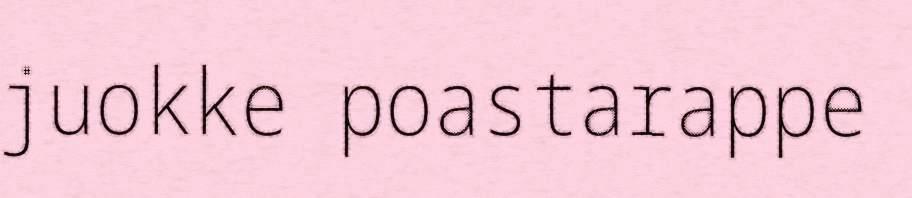
juokke poastarappe